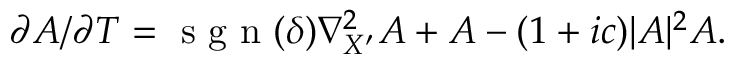
\begin{array} { r } { \partial A / \partial T = \mathrm { ~ s ~ g ~ n ~ } ( \delta ) \nabla _ { X ^ { \prime } } ^ { 2 } A + A - ( 1 + i c ) | A | ^ { 2 } A . } \end{array}